Lunatic asylums United Provinces 1909-1921 - 1909-1921
Year: 1909
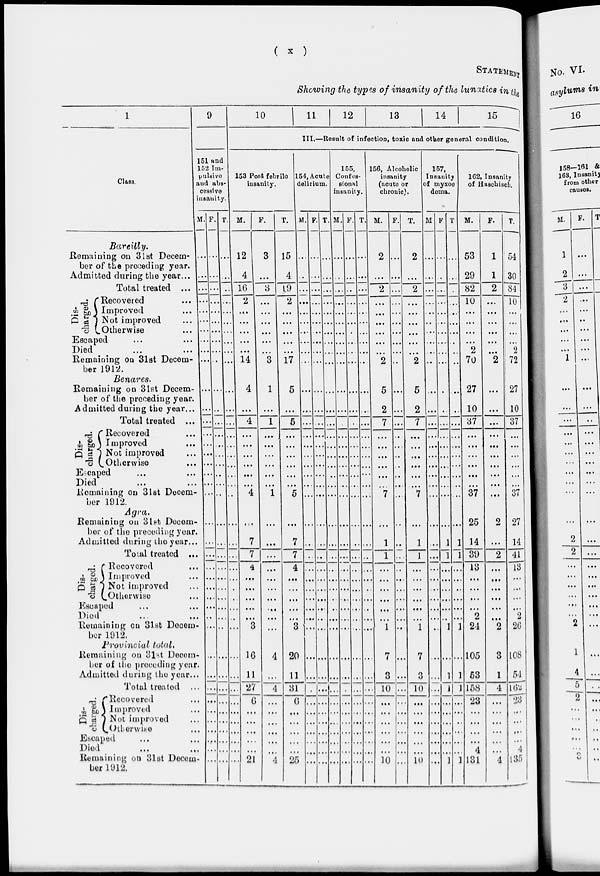
( x )
STATEMENT
Showing the types of insanity of the lunatics in the
1
Class.
Bareilly.
Remaining on 31st Decem-
ber of the preceding year.
Admitted during the year...
Total treated ...
Dis-
charged.
Recovered ...
Improved ...
Not improved ...
Otherwise ...
Escaped ... ...
Died ... ...
Remaining on 31st Decem-
ber 1912.
Benares.
Remaining on 31st Decem-
ber of the preceding year.
Admitted during the year...
Total treated ...
Dis-
charged.
Recovered ...
Improved ...
Not improved ...
Otherwise ...
Escaped ... ...
Died ... ...
Remaining on 31st Decem-
ber 1912.
Agra.
Remaining on 31st Decem-
ber of the preceding year
Admitted during the year ...
Total treated ...
Dis-
charged.
Recovered ...
Improved ...
Not improved ...
Otherwise ...
Escaped ... ...
Died ... ...
Remaining on 31st Decem-
ber 1912.
Provincial total.
Remaining on 31st Decem-
ber of the preceding year.
Admitted during the year.
Total treated ...
Dis-
charged.
Recovered ...
Improved ...
Not improved ...
Otherwise ...
Escaped ... ...
Died ... ...
Remaining on 31st Decem-
ber 1912.
9
151 and
152 Im-
pulsive
and abs-
cessive
insanity.
M.
...
...
...
...
...
...
...
...
...
...
...
...
...
...
...
...
...
...
...
...
...
...
...
...
...
...
...
...
...
...
...
...
...
...
...
...
...
...
...
...
F.
...
...
...
...
...
...
...
...
...
...
...
...
...
...
...
...
...
...
...
...
...
...
...
...
...
...
...
...
...
...
...
...
...
...
...
...
...
...
...
...
T.
...
...
...
...
...
...
...
...
...
...
...
...
...
...
...
...
...
...
...
..
...
...
...
...
...
...
...
...
...
...
...
...
...
...
...
...
...
...
...
...
10
11
12
13
14
15
III.—Result of infection, toxic and other general condition.
153 Post febrile
insanity.
M.
12
4
16
2
...
...
...
...
...
14
4
...
4
...
...
...
...
...
...
4
...
7
7
4
...
...
...
...
...
3
16
11
27
6
...
...
...
...
...
21
F.
3
...
3
...
...
...
...
...
...
3
1
...
1
...
...
...
...
...
...
1
...
...
...
...
...
...
...
...
...
...
4
...
4
...
...
...
...
...
...
4
T.
15
4
19
2
...
...
...
...
...
17
5
...
5
...
...
...
...
...
...
5
...
7
7
4
...
...
...
...
...
3
20
11
31
6
...
...
...
...
...
25
154, Acute
delirium.
M.
...
...
...
...
...
...
...
...
...
...
...
...
...
...
...
...
...
...
...
...
...
...
...
...
...
...
...
...
...
...
...
...
...
...
...
...
...
...
...
...
F.
...
...
...
...
...
...
...
...
...
...
...
...
...
...
...
...
...
...
...
...
...
...
...
...
...
...
...
...
...
...
...
...
...
...
...
...
...
...
...
...
T.
...
...
...
...
...
...
...
...
...
...
...
...
...
...
...
...
...
...
...
...
...
...
...
...
...
...
...
...
...
...
...
...
...
...
...
...
...
...
...
...
155,
Confes-
sional
insanity.
M.
...
...
...
...
...
...
...
...
...
...
...
...
...
...
...
...
...
...
...
...
...
...
...
...
...
...
...
...
...
...
...
...
...
...
...
...
...
...
...
...
F.
...
...
...
...
...
...
...
...
...
...
...
...
...
...
...
...
...
...
...
...
...
...
...
...
...
...
...
...
...
...
...
...
...
...
...
...
...
...
...
...
T.
...
...
...
...
...
...
...
...
...
...
...
...
...
...
...
...
...
...
...
...
...
...
...
...
...
...
...
...
...
...
...
...
...
...
...
...
...
...
...
...
156, Alcoholic
insanity
(acute or
chronic).
M.
2
...
2
...
...
...
...
...
...
2
5
2
7
...
...
...
...
...
...
7
...
1
1
...
...
...
...
...
...
1
7
3
10
...
...
...
...
...
...
10
F.
...
...
...
...
...
...
...
...
...
...
...
...
...
...
...
...
...
...
...
...
...
...
...
...
...
...
...
...
...
...
...
...
...
...
...
...
...
...
...
...
T.
2
...
2
...
...
...
...
...
...
2
5
2
7
...
...
...
...
...
...
7
...
1
1
...
...
...
...
...
...
1
7
3
10
...
...
...
...
...
...
10
157,
Insanity
of myxoe
dema.
M.
...
...
...
...
...
...
...
...
...
...
...
...
...
...
...
...
...
...
...
...
...
...
...
...
...
...
...
...
...
...
...
...
...
...
...
...
...
...
...
...
F.
...
...
...
...
...
...
...
...
...
...
...
...
...
...
...
...
...
...
...
...
...
1
1
...
...
...
...
...
...
1
...
1
1
...
...
...
...
...
...
...
T.
...
...
.
...
...
...
...
...
...
...
...
..
...
...
...
...
...
...
...
...
...
1
1
...
...
...
...
...
...
1
...
1
1
...
...
...
...
...
...
1
162, Insanity
of Haschisch.
M.
53
29
82
10
...
...
...
...
2
70
27
10
37
...
...
...
...
...
...
37
25
14
39
13
...
...
...
...
2
24
105
53
158
23
...
...
...
...
4
131
F.
1
1
2
...
...
...
...
...
...
2
...
...
...
...
...
...
...
...
...
...
2
...
2
...
...
...
...
...
...
2
3
1
4
...
...
...
...
...
...
4
T.
54
30
84
10
...
...
...
...
2
72
27
10
37
...
...
...
...
...
...
37
27
14
41
13
...
...
...
...
2
26
108
54
162
23
...
...
...
...
4
135